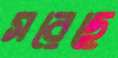
সরেছে